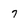
Character: 7